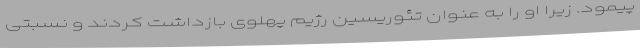
پیمود. زیرا او را به عنوان تئوریسین رژیم پهلوی بازداشت کردند و نسبتی